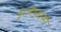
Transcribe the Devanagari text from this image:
इंग्लैंडवासी